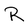
Character: R